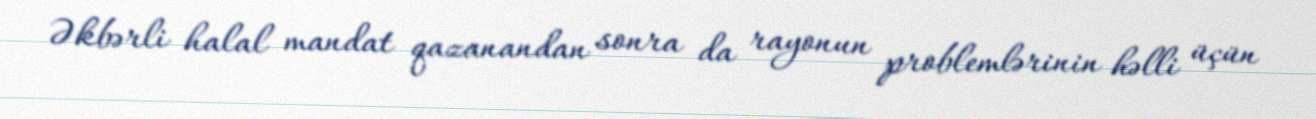
Əkbərli halal mandat qazanandan sonra da rayonun problemlərinin həlli üçün